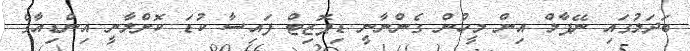
ބަދަލުގައި ނޭޕާލް އިން މީހުން ގެންނާނީ ޑިޕޮޒިޓް ފައިސާ ކުޑަ ކޮށްލާނީ އިންޑިއާގެ